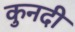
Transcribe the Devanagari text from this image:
कुनदी